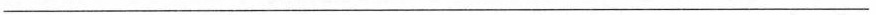
___